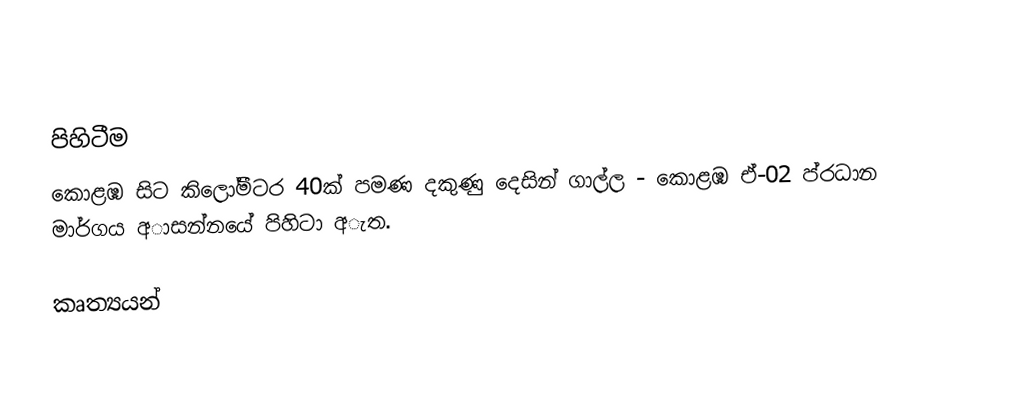

පිහිටීම
කොළඹ සිට කිලෝමීටර 40ක් පමණ දකුණු දෙසින් ගාල්ල - කොළඹ ඒ-02 ප්රධාන මාර්ගය අාසන්නයේ පිහිටා අැත.

කෘත්‍යයන්